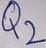
Text: Q2